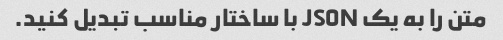
متن را به یک JSON با ساختار مناسب تبدیل کنید.